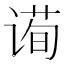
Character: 䜦